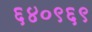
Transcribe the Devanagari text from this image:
६४०९६९